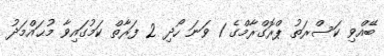
ބޭއްވި ކަސްރަތު ޕްރޮގްރާމްގެ 1 ވަނަ ހޯދި 2 ފަރާތް ކަމުގައިވާ މުޙައްމަދު